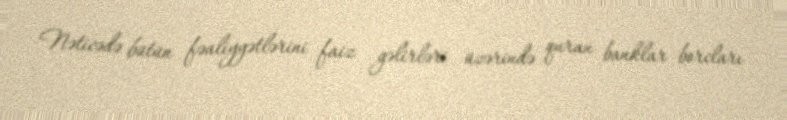
Nəticədə bütün fəaliyyətlərini faiz gəlirləri üzərində quran banklar borcları